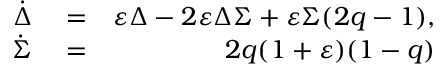
\begin{array} { r l r } { \dot { \Delta } } & { { } = } & { \varepsilon \Delta - 2 \varepsilon \Delta \Sigma + \varepsilon \Sigma ( 2 q - 1 ) , } \\ { \dot { \Sigma } } & { { } = } & { 2 q ( 1 + \varepsilon ) ( 1 - q ) } \end{array}